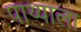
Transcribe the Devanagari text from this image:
पाथ्याला